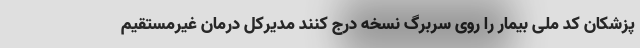
پزشکان کد ملی بیمار را روی سربرگ نسخه درج کنند مدیرکل درمان غیرمستقیم